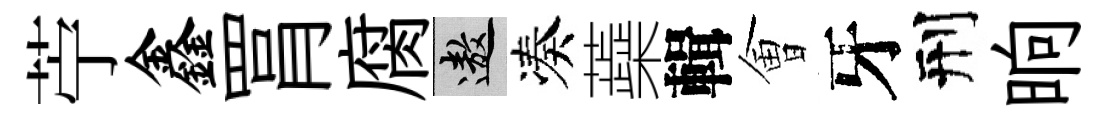
苧鑫罥腐遨凑蘃輯㑹牙刑晌